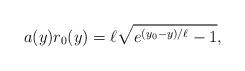
LaTeX: \begin{align*}a(y)r_0(y)=\ell \sqrt{ e^{(y_0-y)/\ell}-1},\end{align*}